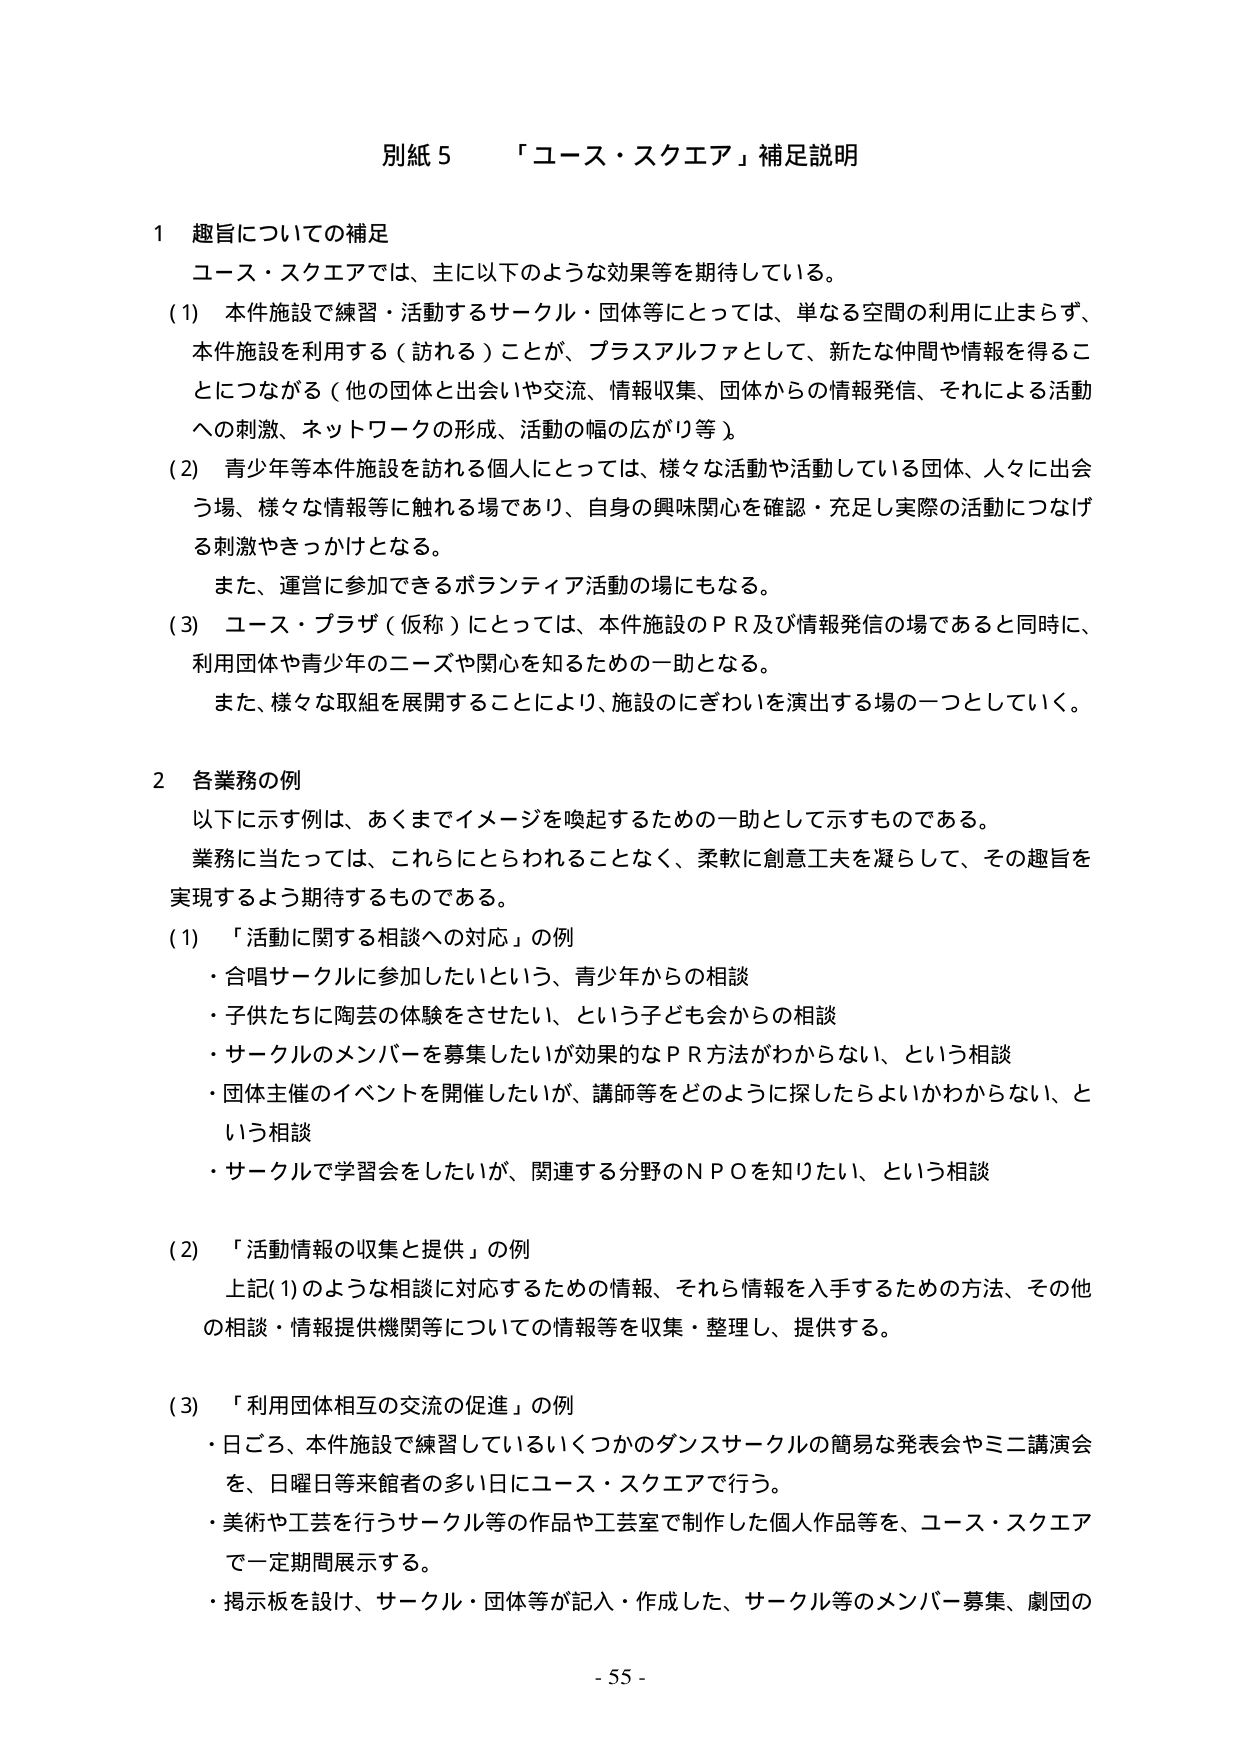
別紙５　「ユース・スクエア」補足説明

１　趣旨についての補足
　　ユース・スクエアでは、主に以下のような効果等を期待している。
　　(1)　本件施設で練習・活動するサークル・団体等にとっては、単なる空間の利用に止まらず、
　　　　　本件施設を利用する（訪れる）ことが、プラスアルファとして、新たな仲間や情報を得るこ
　　　　　とにつながる（他の団体と出会いや交流、情報収集、団体からの情報発信、それによる活動
　　　　　への刺激、ネットワークの形成、活動の幅の広がり等）。
　　(2)　青少年等本件施設を訪れる個人にとっては、様々な活動や活動している団体、人々に出会
　　　　　う場、様々な情報等に触れる場であり、自身の興味関心を確認・充足し実際の活動につなげ
　　　　　る刺激やきっかけとなる。
　　　　　また、運営に参加できるボランティア活動の場にもなる。
　　(3)　ユース・プラザ（仮称）にとっては、本件施設のＰＲ及び情報発信の場であると同時に、
　　　　　利用団体や青少年のニーズや関心を知るための一助となる。
　　　　　また、様々な取組を展開することにより、施設のにぎわいを演出する場の一つとしていく。

２　各業務の例
　　以下に示す例は、あくまでイメージを喚起するための一助として示すものである。
　　業務に当たっては、これらにとらわれることなく、柔軟に創意工夫を凝らして、その趣旨を
　　実現するよう期待するものである。
　　(1)　「活動に関する相談への対応」の例
　　　・合唱サークルに参加したいという、青少年からの相談
　　　・子供たちに陶芸の体験をさせたい、という子ども会からの相談
　　　・サークルのメンバーを募集したいが効果的なＰＲ方法がわからない、という相談
　　　・団体主催のイベントを開催したいが、講師等をどのように探したらよいかわからない、と
　　　　いう相談
　　　・サークルで学習会をしたいが、関連する分野のＮＰＯを知りたい、という相談
　　(2)　「活動情報の収集と提供」の例
　　　　上記(1)のような相談に対応するための情報、それら情報を入手するための方法、その他
　　　　の相談・情報提供機関等についての情報を収集・整理し、提供する。
　　(3)　「利用団体相互の交流の促進」の例
　　　・日ごろ、本件施設で練習しているいくつかのダンスサークルの簡易な発表会やミニ講演会
　　　　を、日曜日等来館者の多い日にユース・スクエアで行う。
　　　・美術や工芸を行うサークル等の作品や工芸室で制作した個人作品等を、ユース・スクエア
　　　　で一定期間展示する。
　　　・掲示板を設け、サークル・団体等が記入・作成した、サークル等のメンバー募集、劇団の

- 55 -